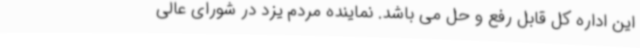
این اداره کل قابل رفع و حل می باشد. نماینده مردم یزد در شورای عالی